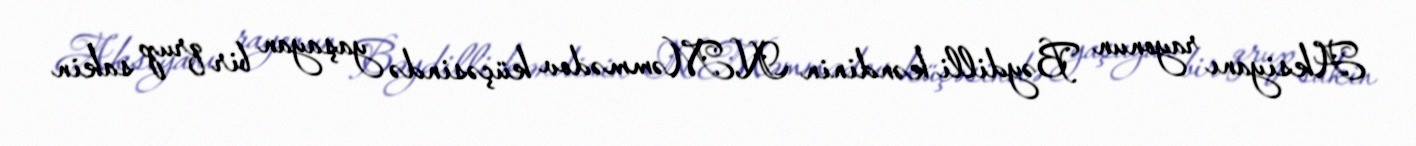
Aksiyanı rayonun Bəydilli kəndinin N.Məmmədov küçəsində yaşayan bir qrup sakin